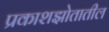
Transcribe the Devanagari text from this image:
प्रकाशझोतातील